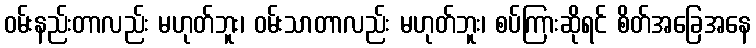
ဝမ်းနည်းတာလည်း မဟုတ်ဘူး၊ ဝမ်းသာတာလည်း မဟုတ်ဘူး၊ စပ်ကြားဆိုရင် စိတ်အခြေအနေ